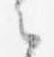
之